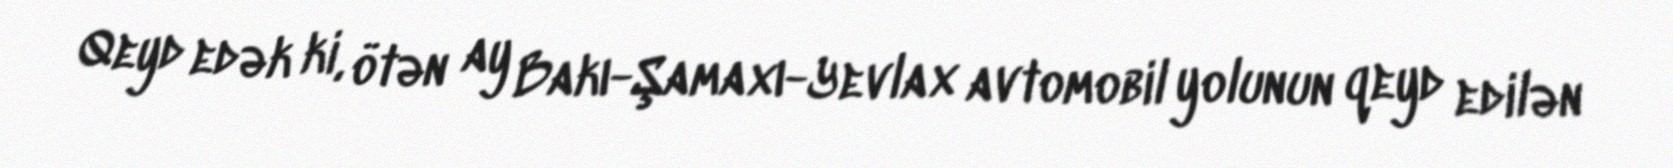
Qeyd edək ki, ötən ay Bakı-Şamaxı-Yevlax avtomobil yolunun qeyd edilən